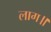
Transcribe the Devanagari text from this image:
लाग॥